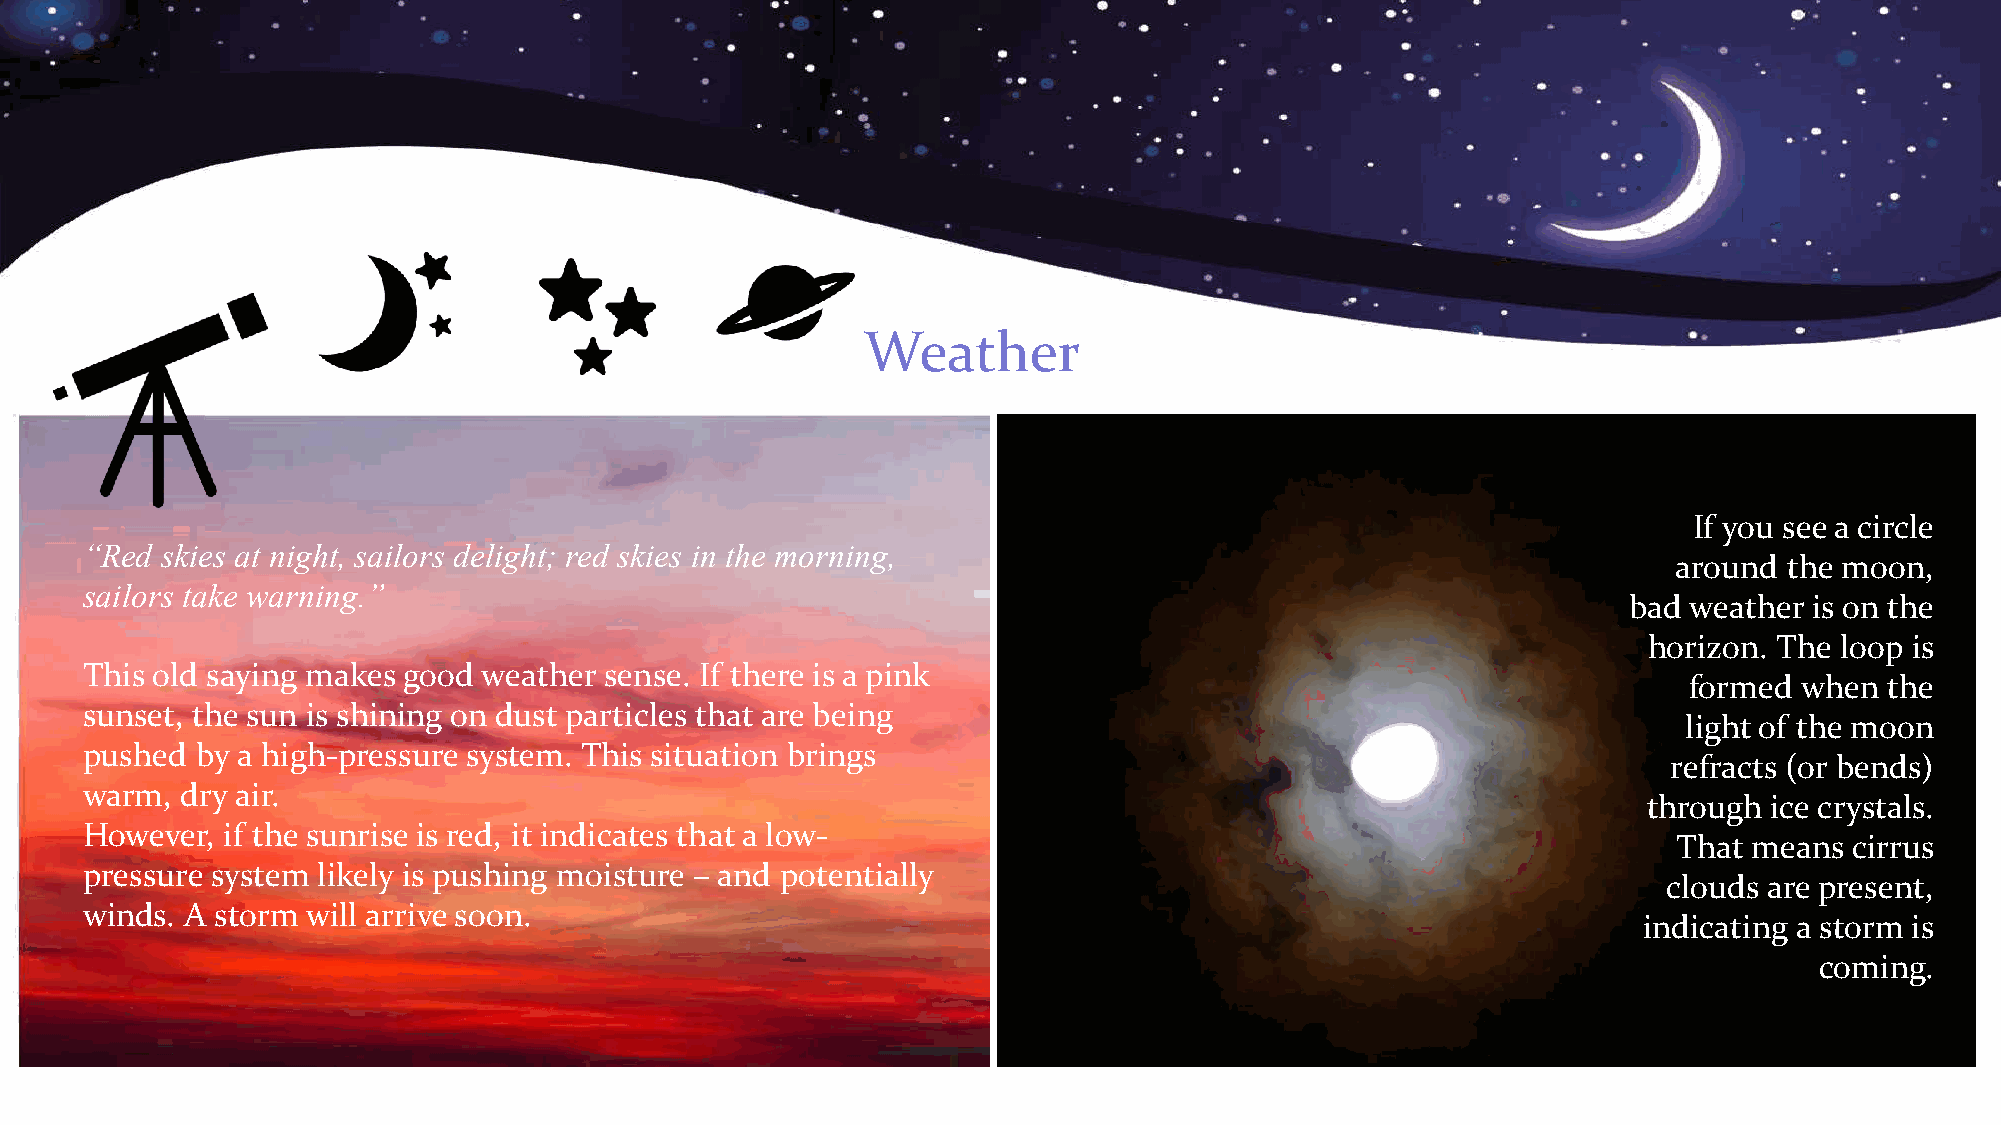
Weather
 If you see a circle
 “Red  skies at night, sailors delight; red skies in the morning,
 around the moon,
 sailors take warning.”
 bad weather is on the
 horizon. The loop is
 This old saying makes good weather sense. If there is a pink
 formed when  the
 sunset, the sun is shining on dust particles that are being
 light of the moon
 pushed  by a high-pressure system. This situation brings
 refracts (or bends)
 warm,  dry air.
 through ice crystals.
 However,  if the sunrise is red, it indicates that a low-
 That means  cirrus
 pressure system likely is pushing moisture – and potentially
 clouds are present,
 winds. A storm will arrive soon.
 indicating a storm is
 coming.